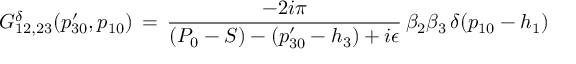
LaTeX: G _ { 1 2 , 2 3 } ^ { \delta } ( p _ { 3 0 } ^ { \prime } , p _ { 1 0 } ) \, = \, { \frac { - 2 i \pi } { ( P _ { 0 } - S ) - ( p _ { 3 0 } ^ { \prime } - h _ { 3 } ) + i \epsilon } } \, \beta _ { 2 } \beta _ { 3 } \, \delta ( p _ { 1 0 } - h _ { 1 } )